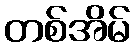
တစ်အိမ်